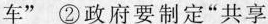
车” ②政府要制定”共享